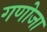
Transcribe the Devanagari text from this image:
गणोजा